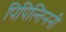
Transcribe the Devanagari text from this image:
पिपिल्तिननी